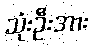
သုံးဦးအား